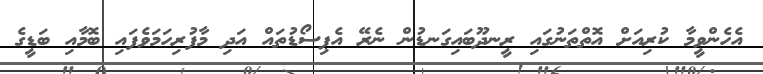
އެހެންވީމާ ކުރިއަށް އޮތްތަނުގައި ރީނދޫބައިގަނޑުން ނެރޭ އެޕިސޯޑުތައް އަދި މާފުރިހަމަވެފައި ބޮމާއި ބަޑީގެ